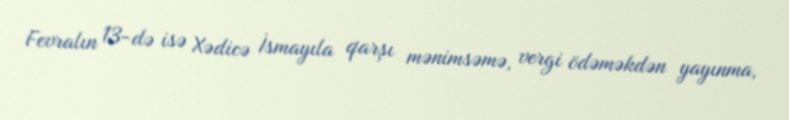
Fevralın 13-də isə Xədicə İsmayıla qarşı mənimsəmə, vergi ödəməkdən yayınma,